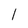
Character: l